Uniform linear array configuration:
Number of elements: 12
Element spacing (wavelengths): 1
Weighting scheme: cosine
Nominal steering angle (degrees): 60
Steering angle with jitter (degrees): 60.266
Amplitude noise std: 0.05
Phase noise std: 0.05

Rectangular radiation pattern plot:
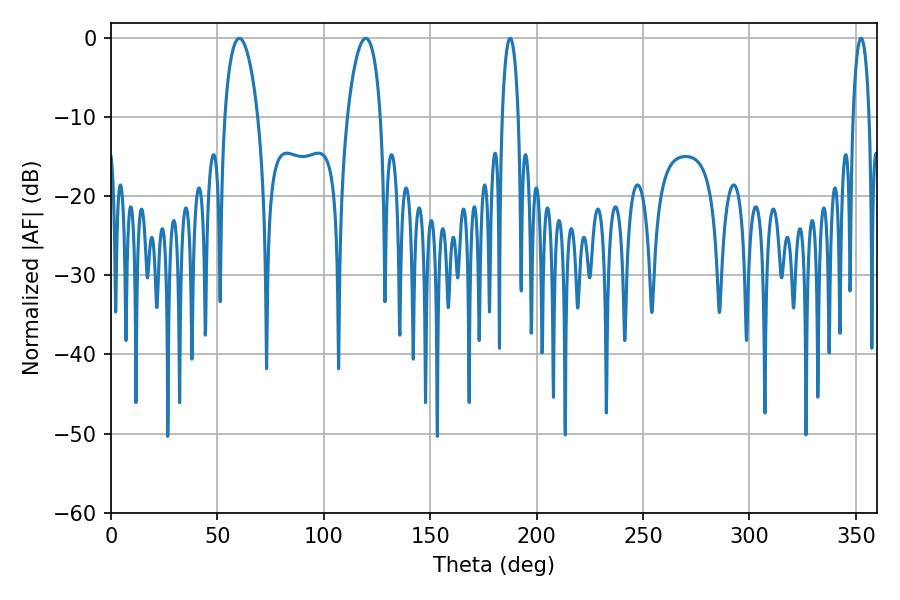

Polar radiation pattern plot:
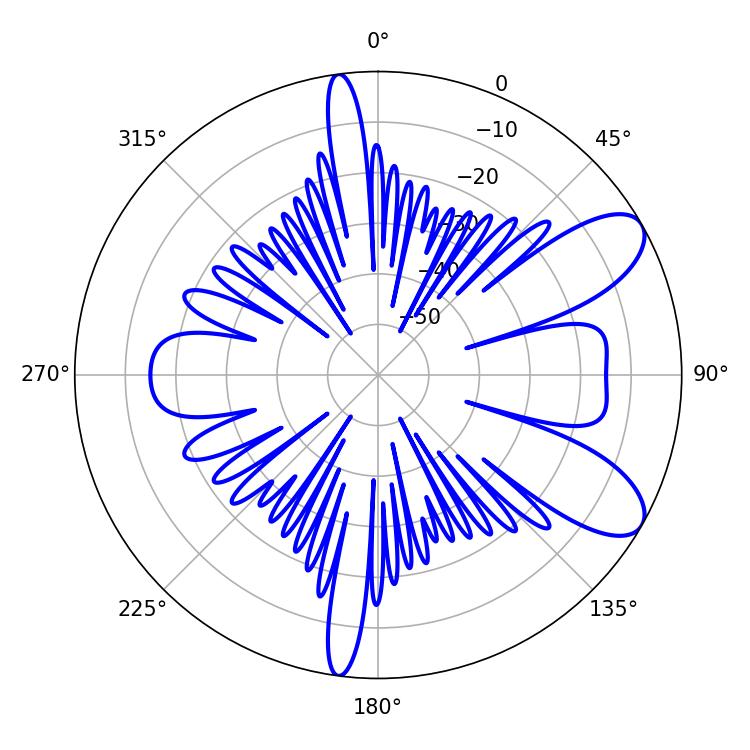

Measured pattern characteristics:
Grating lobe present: TRUE
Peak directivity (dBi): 8.773
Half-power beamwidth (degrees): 8.82
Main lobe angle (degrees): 60.3